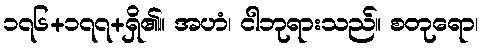
၁၇၆+၁၇၇+ရှိ၏။ အဟံ၊ ငါဘုရားသည်။ စတုရော၊